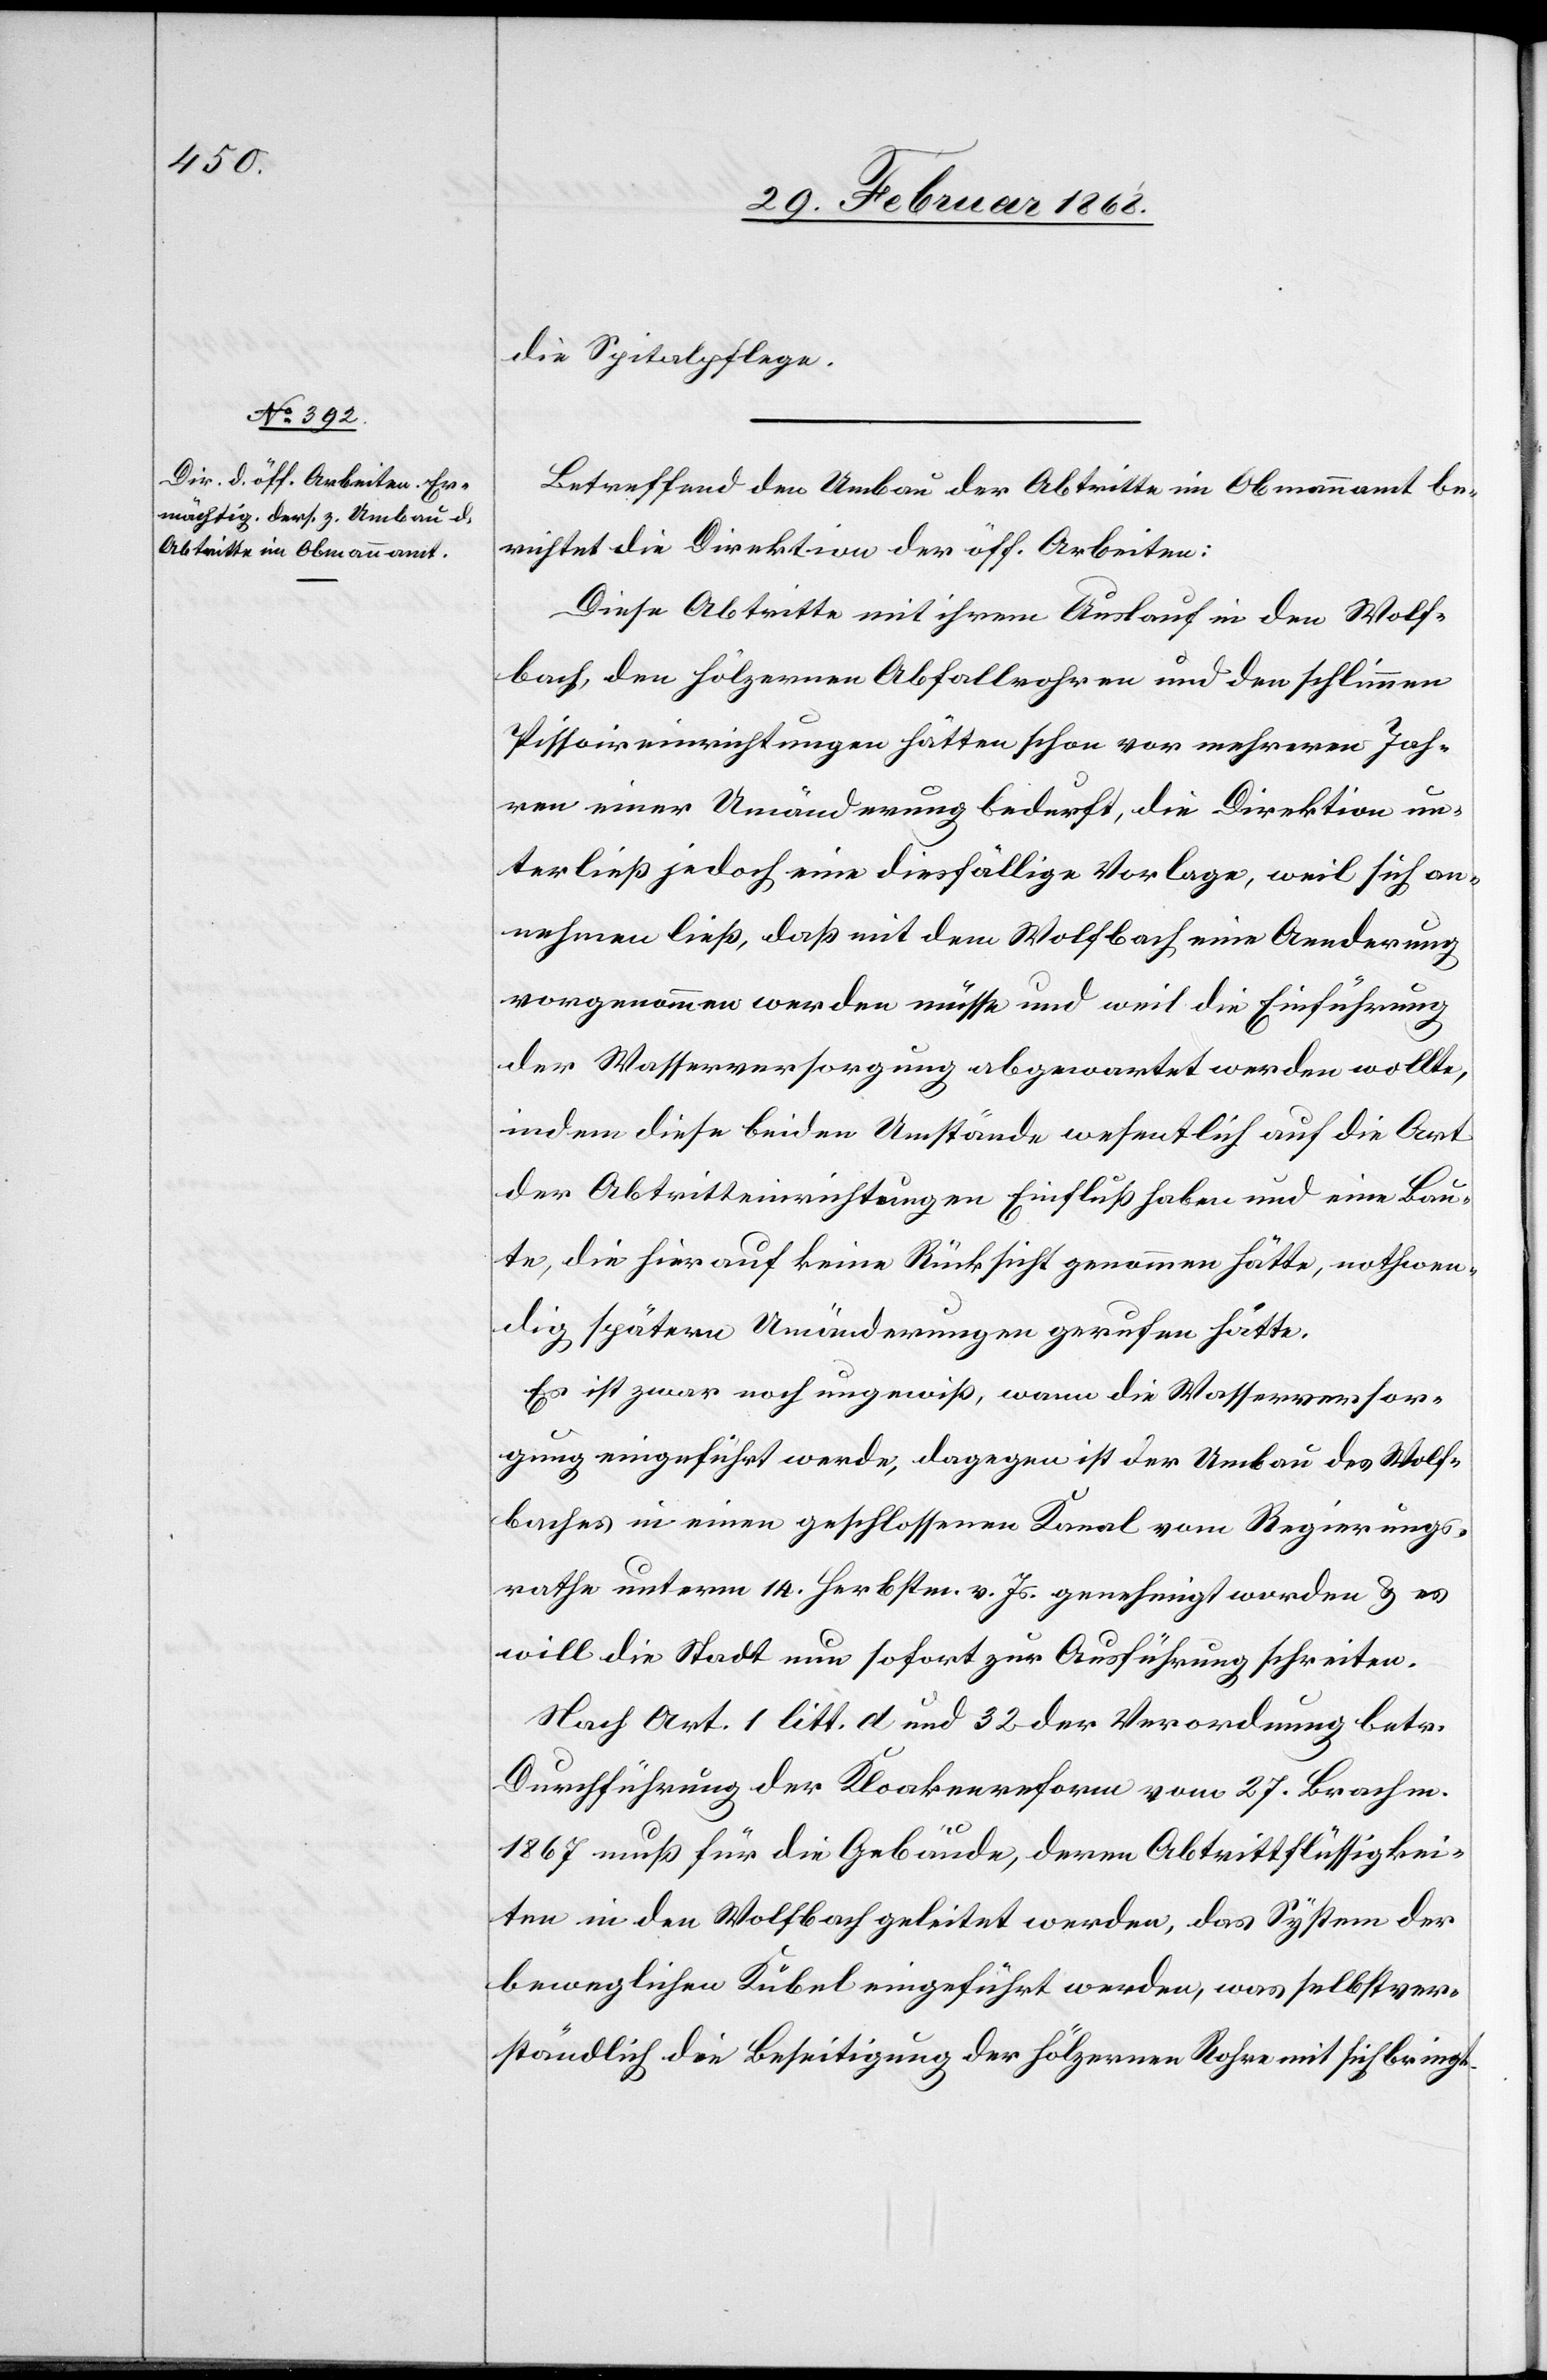
die Spitalpflege.
Betreffend den Umbau der Abtritte im Obmannamt be¬
richtet die Direktion der öff. Arbeiten:
Diese Abtritte mit ihrem Auslauf in den Wolf¬
bach, den hölzernen Abfallrohren und den schlimmen
Pissoireinrichtungen hätten schon vor mehreren Jah¬
ren einer Umänderung bedurft, die Direktion un¬
terlies jedoch eine diesfällige Vorlage, weil sich an¬
nehmen ließ, daß mit dem Wolfbach eine Aenderung
vorgenommen werden müsse und weil die Einführung
der Wasserversorgung abgewartet werden wollte,
indem diese beiden Umstände wesentlich auf die Art
der Abtritteinrichtungen Einfluß haben und eine Bau¬
te, die hierauf keine Rücksicht genommen hätte, nothwen¬
dig spätern Umänderungen gerufen hätte.
Es ist zwar noch ungewiß, wann die Wasserversor¬
gung eingeführt werde, dagegen ist der Umbau des Wolf¬
baches in einen geschlossenen Kanal vom Regierungs¬
rathe unterm 14. Herbstm. v. Js. genehmigt worden & es
will die Stadt nun sofort zur Ausführung schreiten.
Nach Art. 1 litt. d und 32 der Verordnung betr.
Durchführung der Kloakenreform vom 27. Brachm.
1867 muß für die Gebäude, deren Abtrittflüssigkei¬
ten in den Wolfbach geleitet werden, das System der
beweglichen Kübel eingeführt werden, was selbstver¬
ständlich die Beseitigung der hölzernen Rohre mit sich bringt.